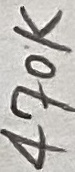
Text: 470K